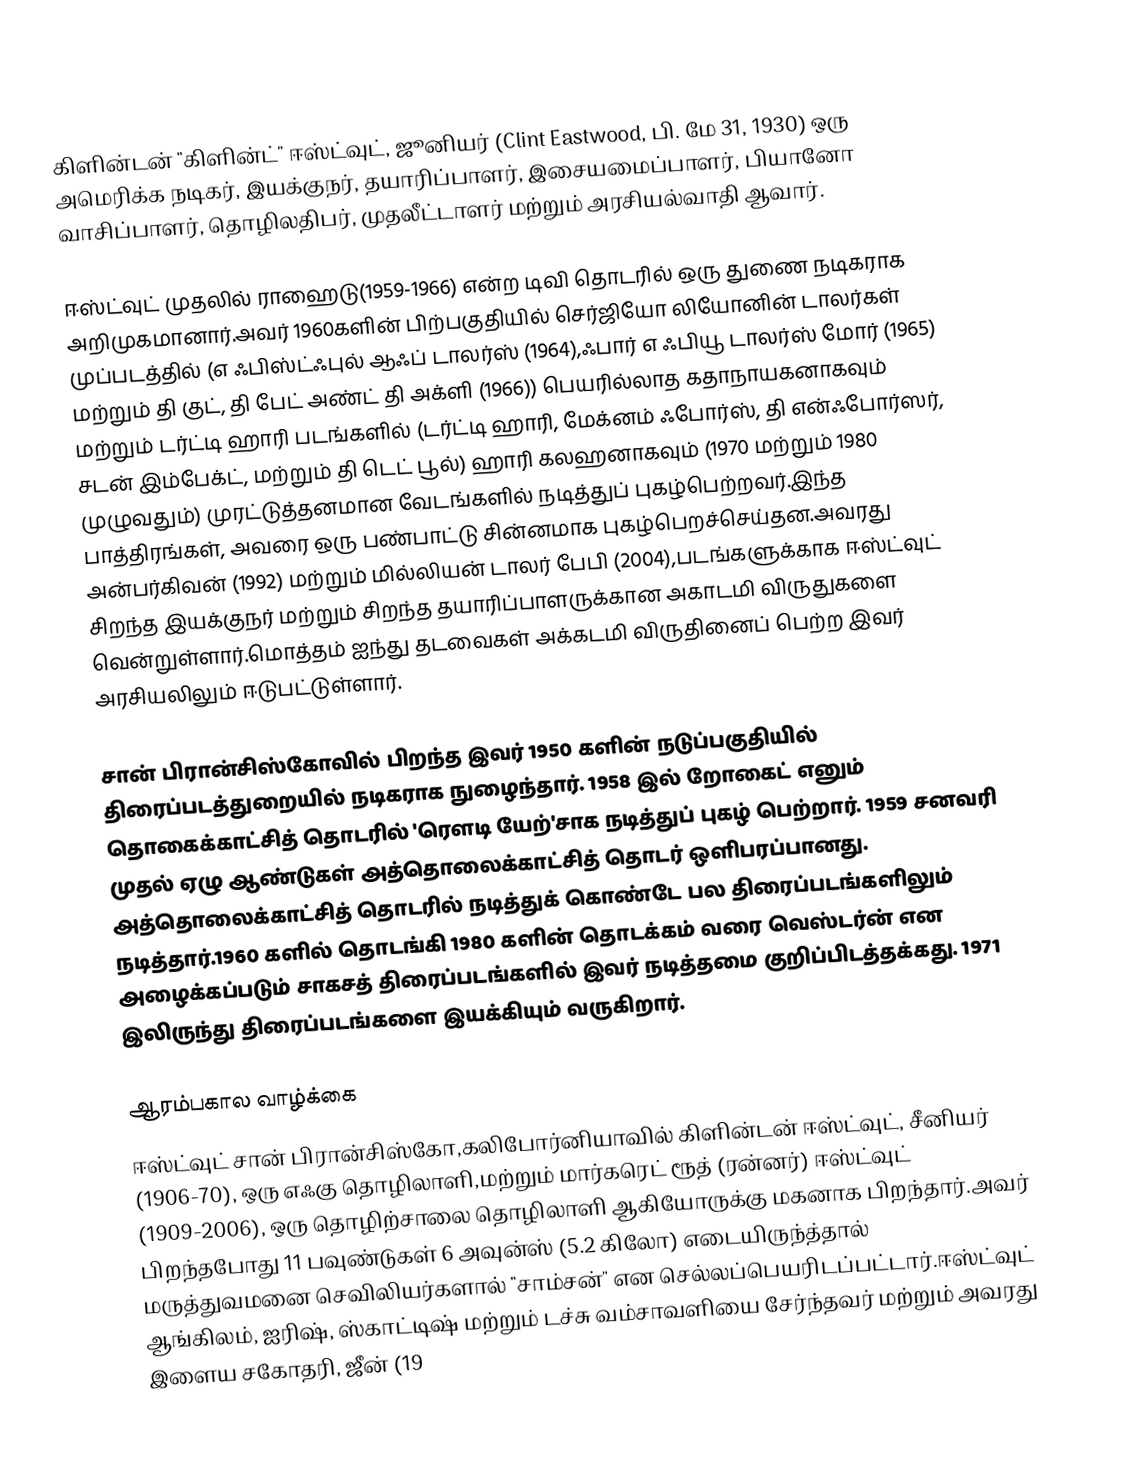
கிளின்டன் "கிளின்ட்" ஈஸ்ட்வுட், ஜூனியர் (Clint Eastwood, பி. மே 31, 1930) ஒரு அமெரிக்க நடிகர், இயக்குநர், தயாரிப்பாளர், இசையமைப்பாளர், பியானோ வாசிப்பாளர், தொழிலதிபர், முதலீட்டாளர்  மற்றும் அரசியல்வாதி ஆவார்.

ஈஸ்ட்வுட் முதலில் ராஹைடு(1959-1966) என்ற டிவி தொடரில் ஒரு துணை நடிகராக அறிமுகமானார்.அவர் 1960களின் பிற்பகுதியில் செர்ஜியோ லியோனின் டாலர்கள் முப்படத்தில் (எ ஃபிஸ்ட்ஃபுல் ஆஃப் டாலர்ஸ் (1964),ஃபார் எ ஃபியூ டாலர்ஸ் மோர் (1965) மற்றும் தி குட், தி பேட் அண்ட் தி அக்ளி (1966)) பெயரில்லாத கதாநாயகனாகவும் மற்றும் டர்ட்டி ஹாரி படங்களில் (டர்ட்டி ஹாரி, மேக்னம் ஃபோர்ஸ், தி என்ஃபோர்ஸர், சடன் இம்பேக்ட், மற்றும் தி டெட் பூல்) ஹாரி கலஹனாகவும் (1970 மற்றும் 1980 முழுவதும்) முரட்டுத்தனமான வேடங்களில் நடித்துப் புகழ்பெற்றவர்.இந்த பாத்திரங்கள், அவரை ஒரு பண்பாட்டு சின்னமாக புகழ்பெறச்செய்தன.அவரது அன்பர்கிவன் (1992) மற்றும் மில்லியன் டாலர் பேபி (2004),படங்களுக்காக ஈஸ்ட்வுட் சிறந்த இயக்குநர் மற்றும் சிறந்த தயாரிப்பாளருக்கான அகாடமி விருதுகளை வென்றுள்ளார்.மொத்தம் ஐந்து தடவைகள் அக்கடமி விருதினைப் பெற்ற இவர் அரசியலிலும் ஈடுபட்டுள்ளார்.

சான் பிரான்சிஸ்கோவில் பிறந்த இவர் 1950 களின் நடுப்பகுதியில் திரைப்படத்துறையில் நடிகராக நுழைந்தார். 1958 இல் றோகைட் எனும் தொகைக்காட்சித் தொடரில் 'ரௌடி யேற்'சாக நடித்துப் புகழ் பெற்றார். 1959 சனவரி முதல் ஏழு ஆண்டுகள் அத்தொலைக்காட்சித் தொடர் ஒளிபரப்பானது. அத்தொலைக்காட்சித் தொடரில் நடித்துக் கொண்டே பல திரைப்படங்களிலும் நடித்தார்.1960 களில் தொடங்கி 1980 களின் தொடக்கம் வரை வெஸ்டர்ன் என அழைக்கப்படும் சாகசத் திரைப்படங்களில் இவர் நடித்தமை குறிப்பிடத்தக்கது. 1971 இலிருந்து திரைப்படங்களை இயக்கியும் வருகிறார்.

ஆரம்பகால வாழ்க்கை
ஈஸ்ட்வுட் சான் பிரான்சிஸ்கோ,கலிபோர்னியாவில் கிளின்டன் ஈஸ்ட்வுட், சீனியர் (1906-70), ஒரு எஃகு தொழிலாளி,மற்றும் மார்கரெட் ரூத் (ரன்னர்) ஈஸ்ட்வுட் (1909-2006), ஒரு தொழிற்சாலை தொழிலாளி ஆகியோருக்கு மகனாக பிறந்தார்.அவர் பிறந்தபோது 11 பவுண்டுகள் 6 அவுன்ஸ் (5.2 கிலோ) எடையிருந்த்தால் மருத்துவமனை செவிலியர்களால் "சாம்சன்" என செல்லப்பெயரிடப்பட்டார்.ஈஸ்ட்வுட் ஆங்கிலம், ஐரிஷ், ஸ்காட்டிஷ் மற்றும் டச்சு வம்சாவளியை சேர்ந்தவர் மற்றும் அவரது இளைய சகோதரி, ஜீன் (19